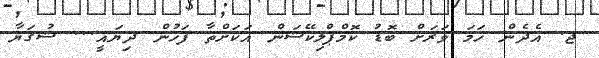
ޖ. އެދެން ހަމަ ވަރަށް ބޮޑު ކޮމްޕްލިކޭޝަން އަކަށްތާ ފަހުން ދިޔައީ... ޝުގަޔާ